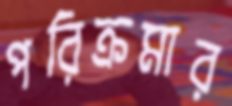
পরিক্রমার